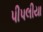
પીપલીયા